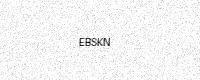
Text: EBSKN